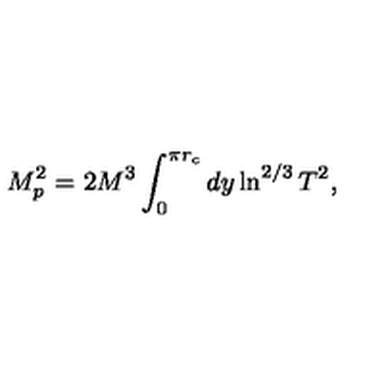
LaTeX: M _ { p } ^ { 2 } = 2 M ^ { 3 } \int _ { 0 } ^ { \pi r _ { c } } d y \ln ^ { 2 / 3 } T ^ { 2 } ,